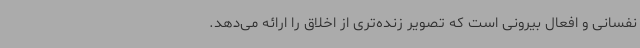
نفسانی و افعال بیرونی است که تصویر زنده‌تری از اخلاق را ارائه می‌دهد.